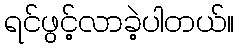
ရင်ဖွင့်လာခဲ့ပါတယ်။